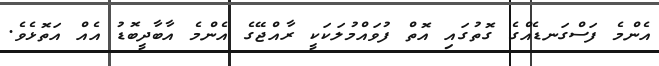
އެންމެ ފަސްގަނޑެއްގެ ގޮތުގައި އޮތް ފުވައްމުލަކަކީ ރާއްޖޭގެ އެންމެ އާބާދީބޮޑު އެއް އަތޮޅެވެ.